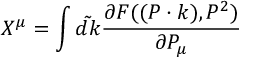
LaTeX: X ^ { \mu } = \int \tilde { d k } \frac { \partial F ( ( P \cdot k ) , P ^ { 2 } ) } { \partial P _ { \mu } }